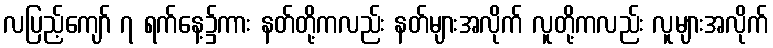
လပြည့်ကျော် ၇ ရက်နေ့၌ကား နတ်တို့ကလည်း နတ်များအလိုက် လူတို့ကလည်း လူများအလိုက်